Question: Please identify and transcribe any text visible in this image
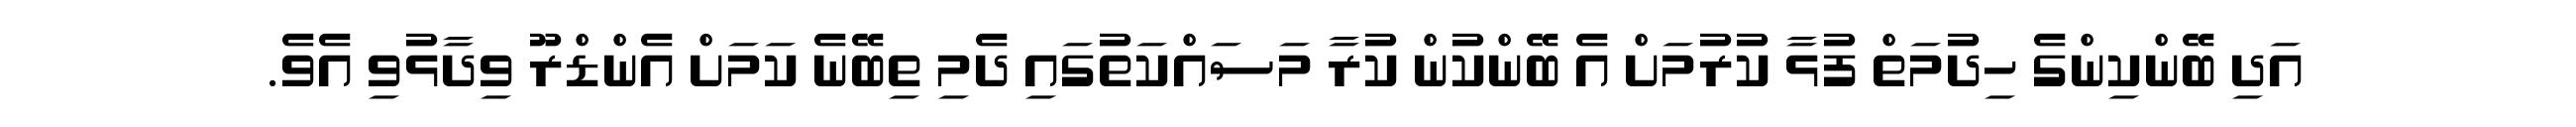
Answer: އަދި ބޭންކިންގެ ހިދުމަތް ފުޅާ ކުރުމަށް އެ ބޭންކުން ކުރާ މަސައްކަތުގައި ދެމި ތިބޭނެ ކަމަށް އެންޑްރޫ ވިދާޅުވި އެވެ.